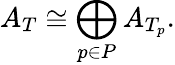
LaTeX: A_{T}\cong\bigoplus_{p\in P}A_{T_{p}}.